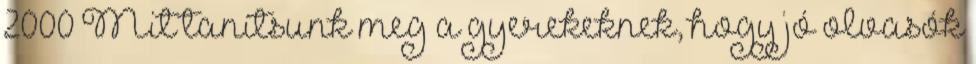
2000 Mit tanítsunk meg a gyerekeknek, hogy jó olvasók